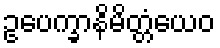
ဥပေက္ခာနိမိတ္တံယေဝ